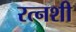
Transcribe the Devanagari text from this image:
रत्नशी